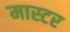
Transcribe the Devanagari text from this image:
मास्टर